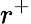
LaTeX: r^{+}